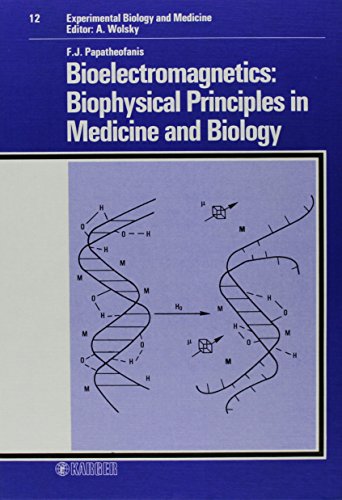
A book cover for Bioelectromagnetics: Biophysical Principles in Medicine and Biology (Issues in Biomedicine, Vol. 12); F.J. Papatheofanis; Science & Math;